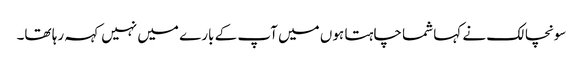
سونچالک نے کہا شما چاہتا ہوں میں آپ کے بارے میں نہیں کہہ رہا تھا۔